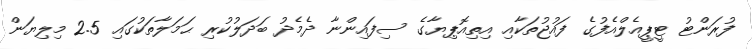
ފުރަންޓު ޓީޕީއެލްއެފުގެ ފައުޖުތަކާއި އިތިއޮޕިޔާގެ ސިފައިންނާ ދެމެދު ބަދަލުކުރި ޙަމަލާތަކުގައި 2.5 މިލިޔަން